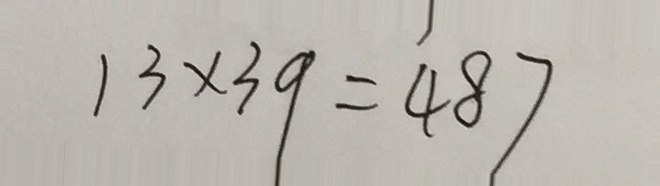
1 3 \times 3 9 = 4 8 7